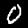
Label: 0